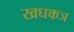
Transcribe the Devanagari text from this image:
खघकञ